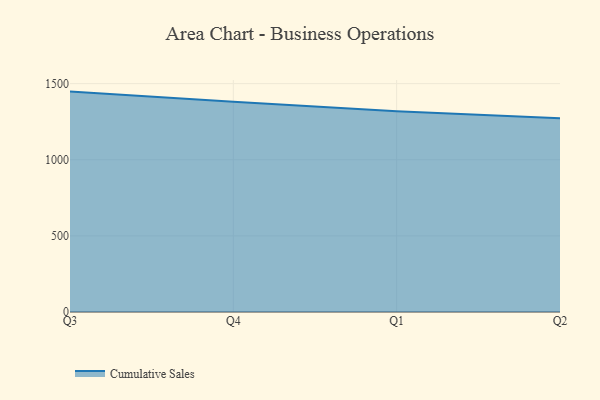
{"axis": {"x": "Quarter", "y": "Inventory Turnover"}, "legend": ["Cumulative Sales"], "data": [{"x": "Q3", "y": 1447.7, "type": "Cumulative Sales"}, {"x": "Q4", "y": 1380.3, "type": "Cumulative Sales"}, {"x": "Q1", "y": 1318.7, "type": "Cumulative Sales"}, {"x": "Q2", "y": 1272.4, "type": "Cumulative Sales"}]}